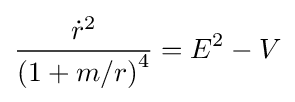
{\frac {{\dot {r}}^{2}}{\left(1+m/r\right)^{4}}}=E^{2}-V